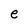
Character: e